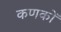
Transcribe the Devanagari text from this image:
कणकों